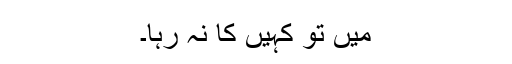
میں تو کہیں کا نہ رہا۔